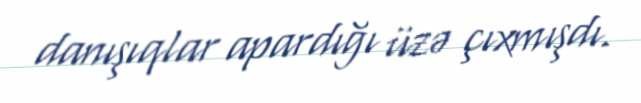
danışıqlar apardığı üzə çıxmışdı.